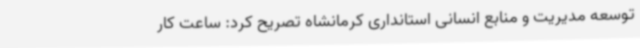
توسعه مدیریت و منابع انسانی استانداری کرمانشاه تصریح کرد: ساعت کار